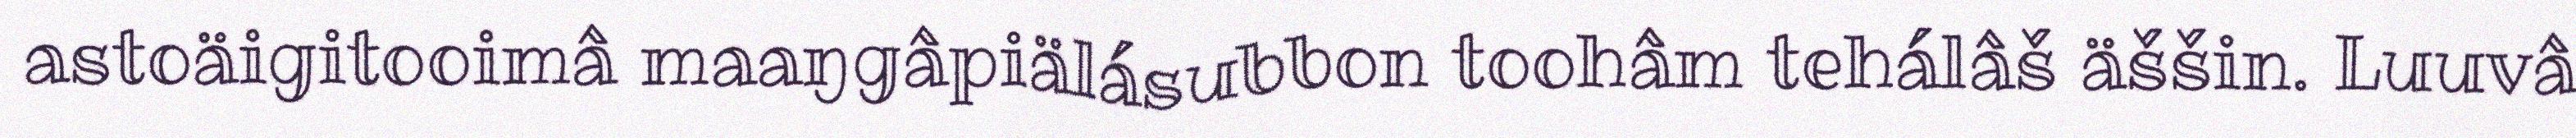
astoäigitooimâ maaŋgâpiälásubbon toohâm tehálâš äššin. Luuvâ